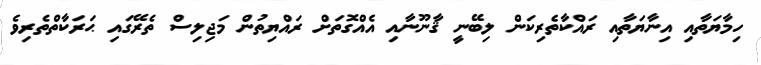
ހިމާޔަތާއި އިނާޔަތާއި ރައްކާތެރިކަން ލިބޭނީ ޤާނޫނާއި އެއްގޮތަށް ރައްޔިތުން މަޖިލިސް ތެރޭގައި ޙަރަކާތްތެރިވެ